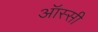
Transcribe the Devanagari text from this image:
ऑस्सी